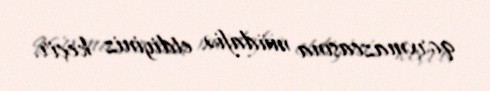
qorxmazcasına müdafiə etdiyiniz keçir.